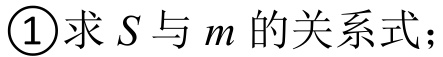
\textcircled{1}求 \(S\) 与 \(m\) 的关系式；